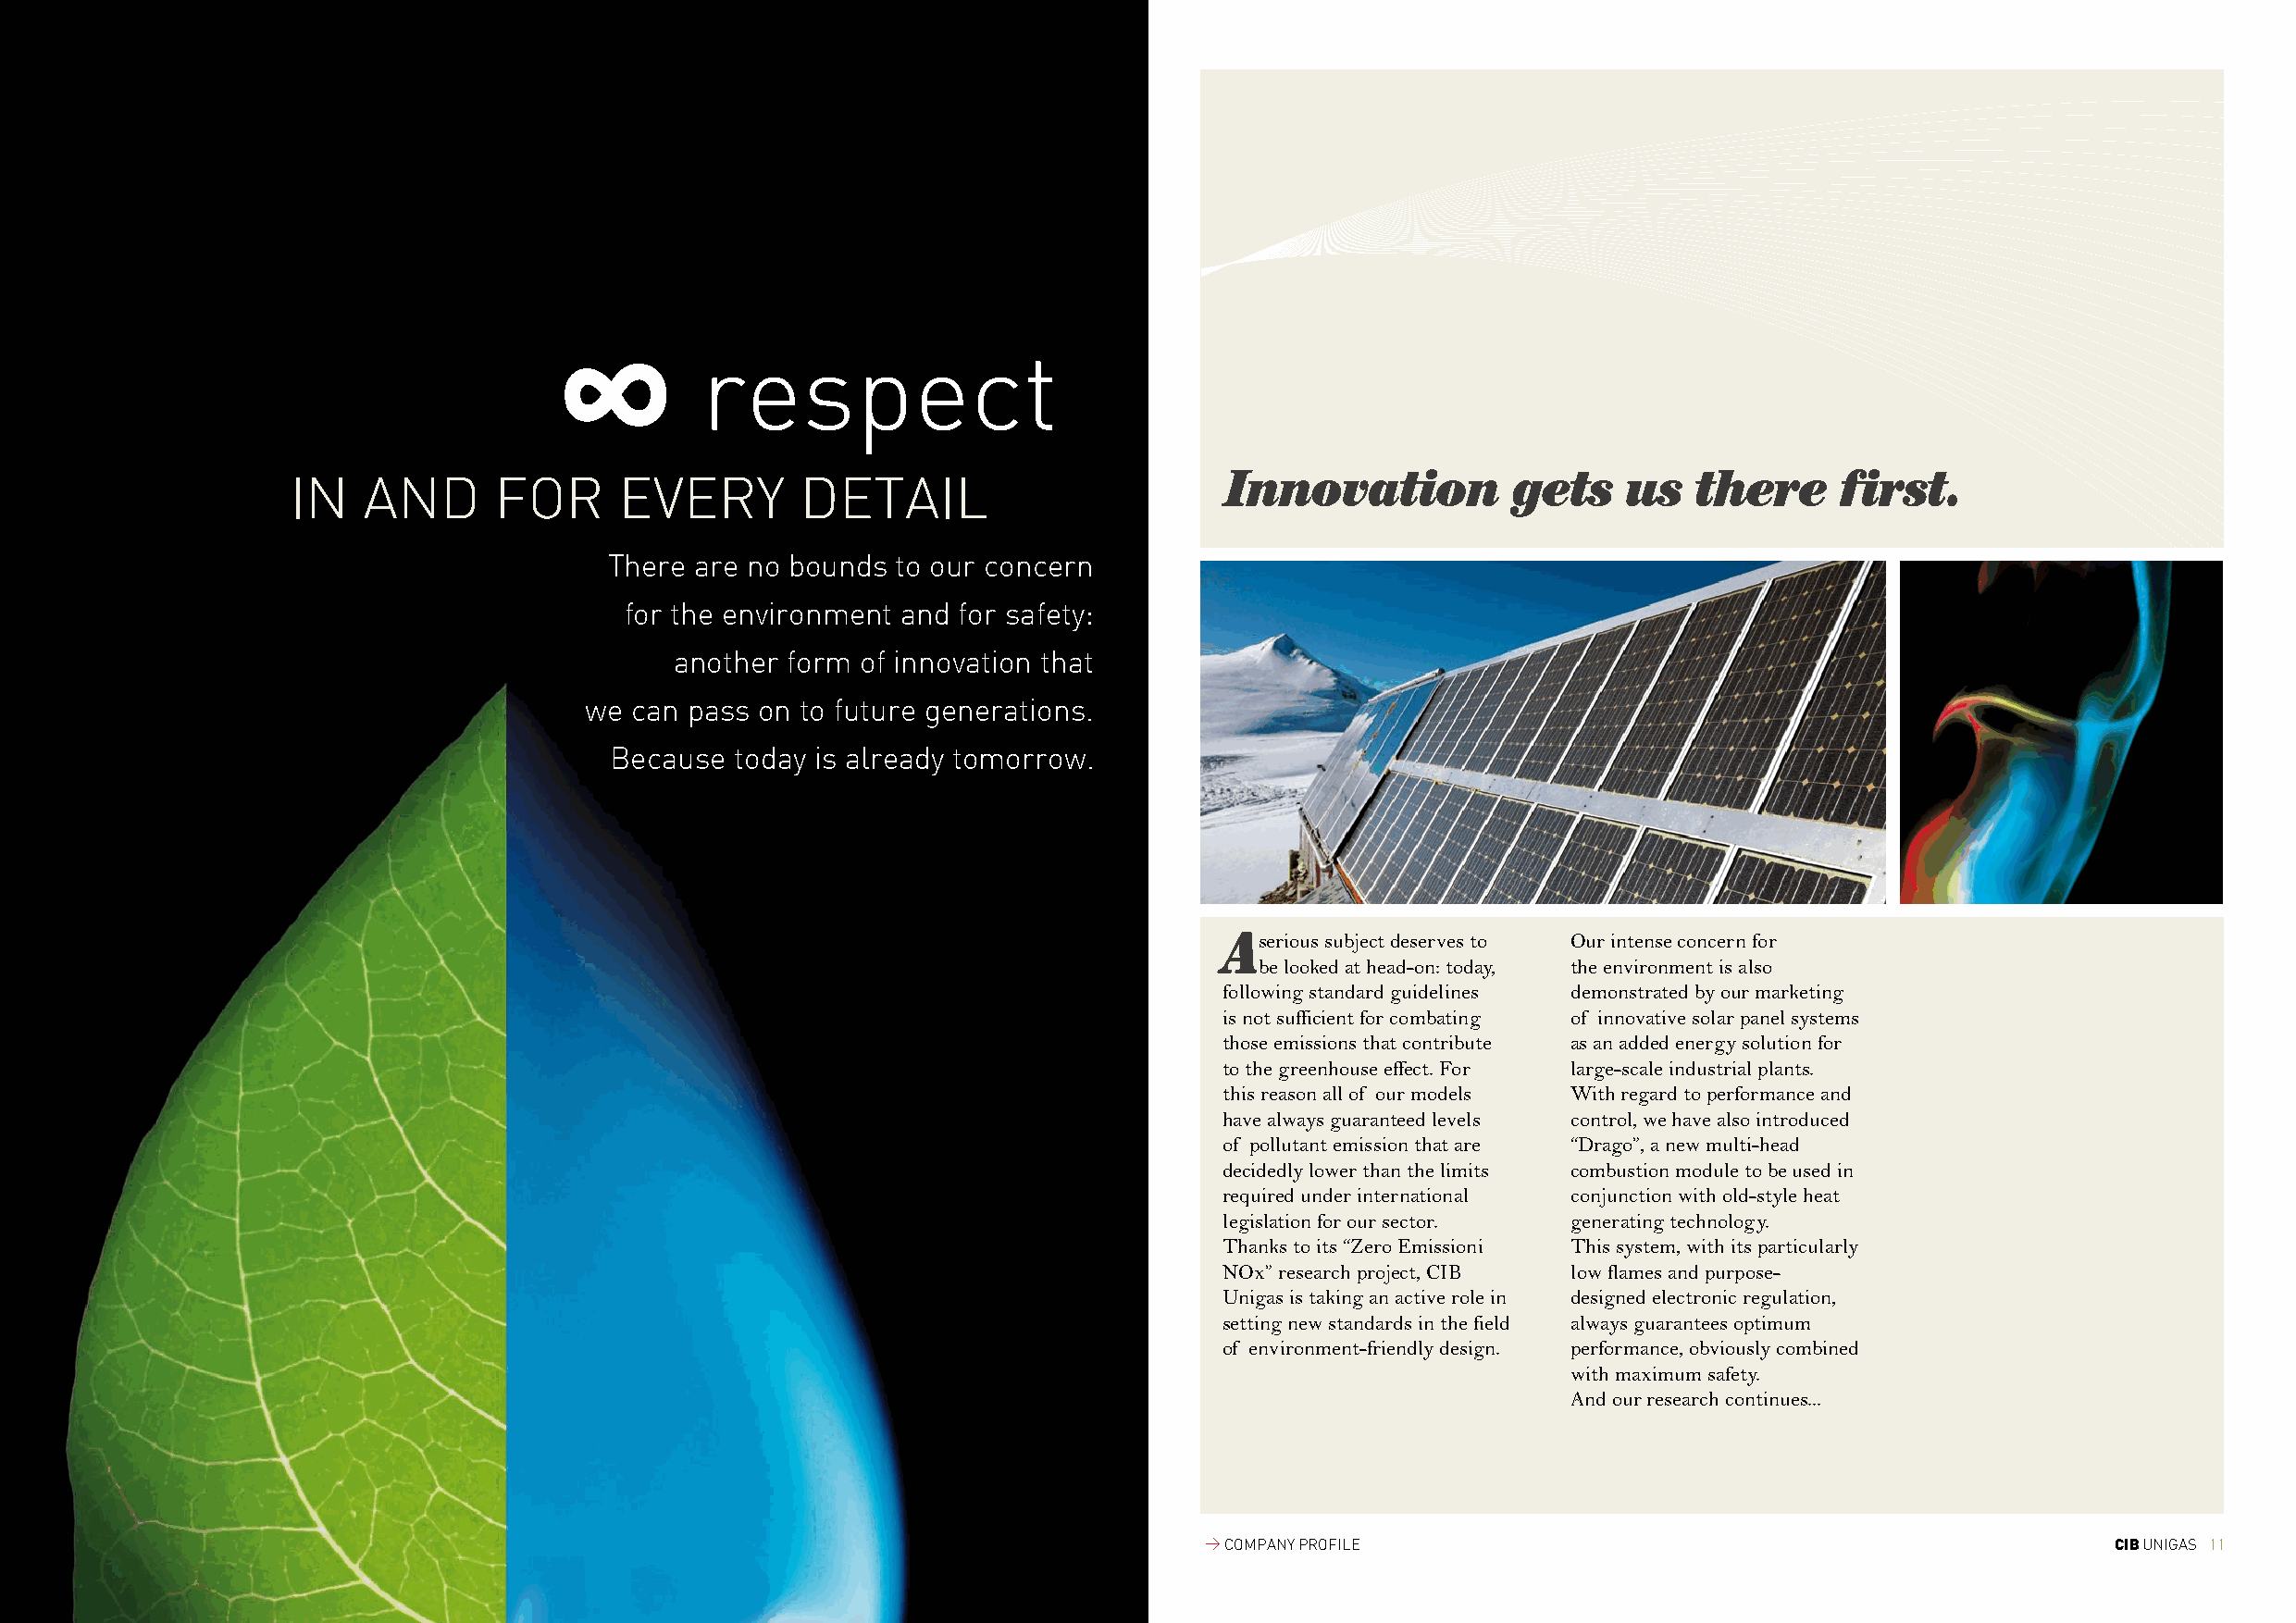
∞
 respect
 Innovation          gets    us   there      first.
 IN   AND      FOR      EVERY        DETAIL
 There are no bounds to our concern
 for the environment and for safety:
 another form  of innovation that
 we can pass on to future generations.
 Because  today is already tomorrow.
 Aserious subject deserves to Our intense concern for
 be looked at head-on: today, the environment is also
 following standard guidelines demonstrated by our marketing
 is not sufficient for combating of innovative solar panel systems
 those emissions that contribute as an added energy solution for
 to the greenhouse effect. For large-scale industrial plants.
 this reason all of our models With regard to performance and
 have always guaranteed levels control, we have also introduced
 of pollutant emission that are “Drago”, a new multi-head
 decidedly lower than the limits combustion module to be used in
 required under international conjunction with old-style heat
 legislation for our sector. generating technology.
 Thanks to its “Zero Emissioni This system, with its particularly
 NOx” research project, CIB low flames and purpose-
 Unigas is taking an active role in designed electronic regulation,
 setting new standards in the field always guarantees optimum
 of environment-friendly design. performance, obviously combined
 with maximum safety.
 And our research continues...
 > COMPANY PROFILE                                                CIB UNIGAS 11